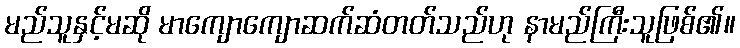
မည်သူနှင့်မဆို မာကျောကျောဆက်ဆံတတ်သည်ဟု နာမည်ကြီးသူဖြစ်၏။